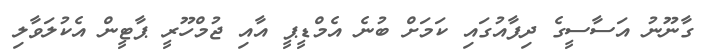
ގާނޫނު އަސާސީގެ ދިފާއުގައި ކަަމަށް ބުނެ އެމްޑީޕީ އާއި ޖުމްހޫރީ ޕާޓީން އެކުލަވާލި